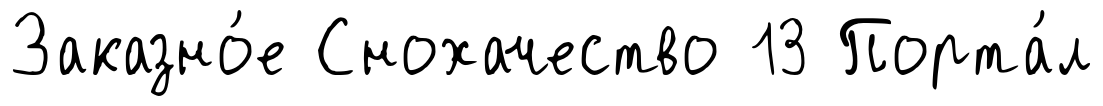
Заказно́е Снохачество 13 Порта́л